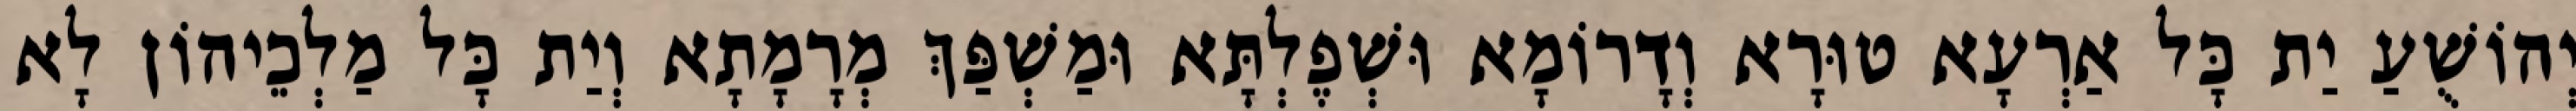
יְהוֹשֻׁעַ יַת כָּל אַרְעָא טוּרָא וְדָרוֹמָא וּשְׁפֶלְתָּא וּמַשְׁפַּךְ מְרָמָתָא וְיַת כָּל מַלְכֵיהוֹן לָא